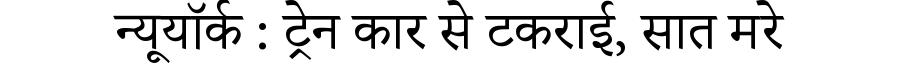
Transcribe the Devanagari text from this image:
न्यूयॉर्क : ट्रेन कार से टकराई, सात मरे